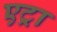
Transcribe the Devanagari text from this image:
एट्रा